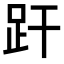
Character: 𧿂